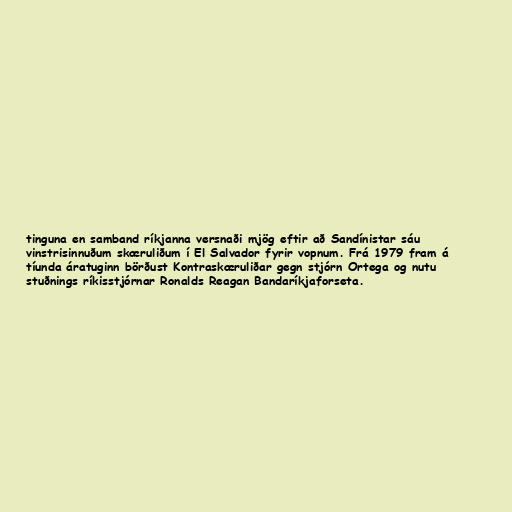
tinguna en samband ríkjanna versnaði mjög eftir að Sandínistar sáu
vinstrisinnuðum skæruliðum í El Salvador fyrir vopnum. Frá 1979 fram á
tíunda áratuginn börðust Kontraskæruliðar gegn stjórn Ortega og nutu
stuðnings ríkisstjórnar Ronalds Reagan Bandaríkjaforseta.